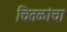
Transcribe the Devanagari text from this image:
चितळांचा